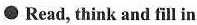
●Read, think and fil in